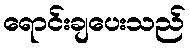
ရောင်းချပေးသည်